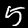
Digit: 5